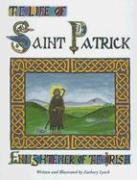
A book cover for The Life of St. Patrick: Enlightener of the Irish; Zachary Lynch; Children's Books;